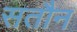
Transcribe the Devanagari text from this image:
सतौन